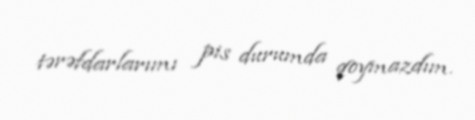
tərəfdarlarımı pis durumda qoymazdım.